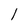
Character: 1